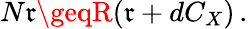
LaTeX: N\mathfrak{r}\geqR(\mathfrak{r}+dC_{X})\, .